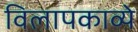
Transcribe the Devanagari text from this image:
विलापकाव्ये